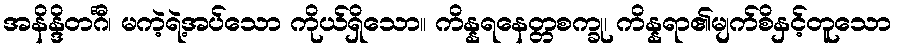
အနိန္ဒိတင်္ဂီ၊ မကဲ့ရဲ့အပ်သော ကိုယ်ရှိသော။ ကိန္နရနေတ္တစက္ခု၊ ကိန္နရာ၏မျက်စိနှင့်တူသော